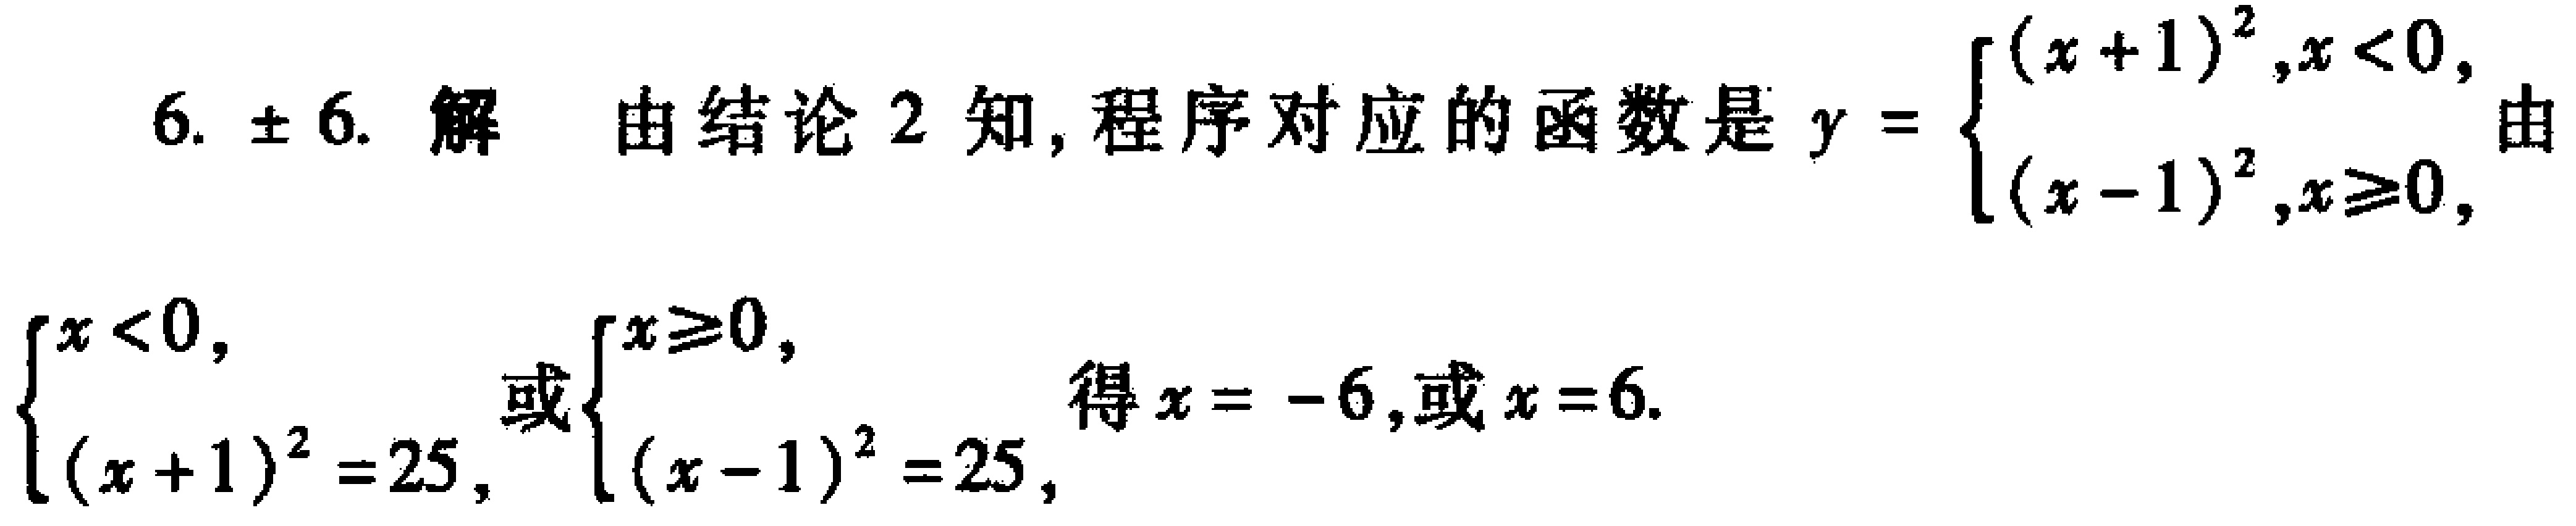
6. $\pm 6$. 解 由结论 2 知, 程序对应的函数是 $y = \begin{cases}(x + 1)^2 ,x < 0,\\(x - 1)^2 ,x\geq0,\end{cases}$ 由

$\begin{cases}x < 0,\\(x + 1)^2 = 25,\end{cases}$ 或 $\begin{cases}x\geq0,\\(x - 1)^2 = 25,\end{cases}$ 得 $x = - 6$,或 $x = 6$.